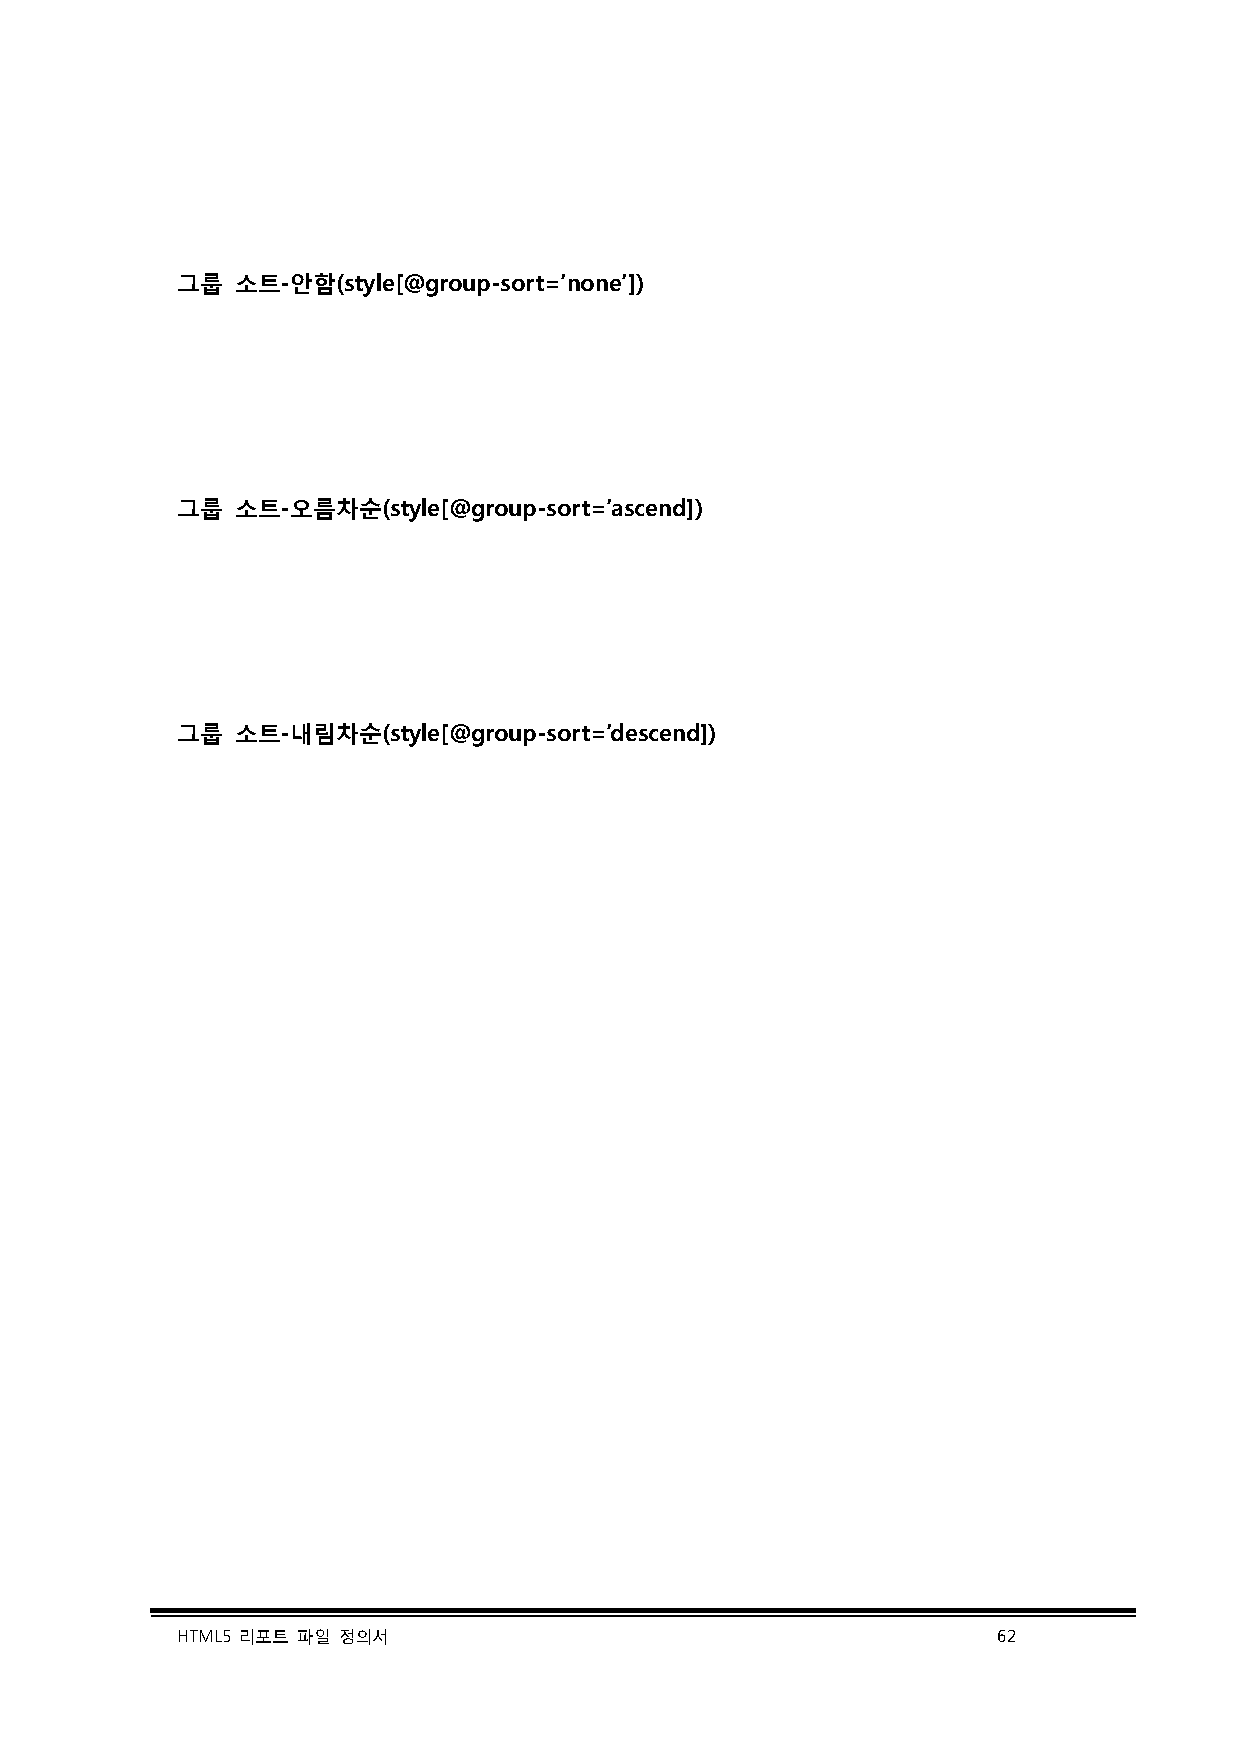
그룹  소트-안함(style[@group-sort=’none’])
 그룹  소트-오름차순(style[@group-sort=’ascend])
 그룹  소트-내림차순(style[@group-sort=’descend])
 HTML5 리포트 파일 정의서                                      62